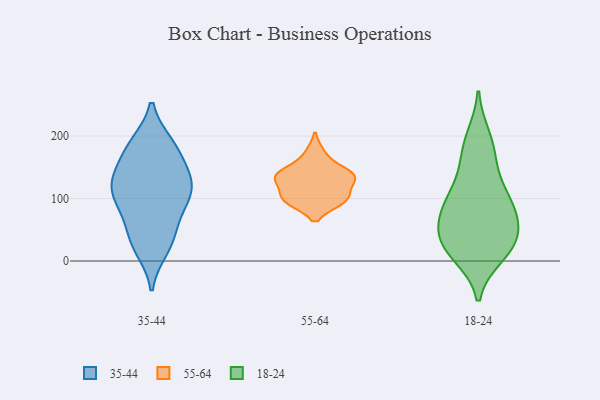
{"axis": {"x": "Operating Costs (USD K)", "y": "Value"}, "legend": ["18-24", "35-44", "55-64"], "data": [{"x": "", "y": 143, "type": "35-44"}, {"x": "", "y": 81, "type": "35-44"}, {"x": "", "y": 185, "type": "35-44"}, {"x": "", "y": 114, "type": "35-44"}, {"x": "", "y": 185, "type": "35-44"}, {"x": "", "y": 19, "type": "35-44"}, {"x": "", "y": 166, "type": "35-44"}, {"x": "", "y": 187, "type": "35-44"}, {"x": "", "y": 85, "type": "35-44"}, {"x": "", "y": 132, "type": "35-44"}, {"x": "", "y": 54, "type": "35-44"}, {"x": "", "y": 120, "type": "35-44"}, {"x": "", "y": 27, "type": "35-44"}, {"x": "", "y": 34, "type": "35-44"}, {"x": "", "y": 119, "type": "35-44"}, {"x": "", "y": 124, "type": "35-44"}, {"x": "", "y": 99, "type": "35-44"}, {"x": "", "y": 172, "type": "55-64"}, {"x": "", "y": 106, "type": "55-64"}, {"x": "", "y": 97, "type": "55-64"}, {"x": "", "y": 142, "type": "55-64"}, {"x": "", "y": 97, "type": "55-64"}, {"x": "", "y": 97, "type": "55-64"}, {"x": "", "y": 131, "type": "55-64"}, {"x": "", "y": 135, "type": "55-64"}, {"x": "", "y": 132, "type": "55-64"}, {"x": "", "y": 139, "type": "55-64"}, {"x": "", "y": 45, "type": "18-24"}, {"x": "", "y": 83, "type": "18-24"}, {"x": "", "y": 24, "type": "18-24"}, {"x": "", "y": 160, "type": "18-24"}, {"x": "", "y": 96, "type": "18-24"}, {"x": "", "y": 79, "type": "18-24"}, {"x": "", "y": 27, "type": "18-24"}, {"x": "", "y": 102, "type": "18-24"}, {"x": "", "y": 198, "type": "18-24"}, {"x": "", "y": 10, "type": "18-24"}, {"x": "", "y": 13, "type": "18-24"}, {"x": "", "y": 81, "type": "18-24"}, {"x": "", "y": 49, "type": "18-24"}, {"x": "", "y": 184, "type": "18-24"}, {"x": "", "y": 36, "type": "18-24"}, {"x": "", "y": 132, "type": "18-24"}]}